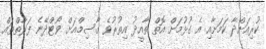
ކުރިއަށްދާ ކަމަށާއި އެ ގުޅުމަށް އޮތް ތާއީދު އިތުރުވެ ގާސިމްއަށް ވޯޓްދޭނެ ފަރާތްތައް